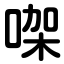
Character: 㗎